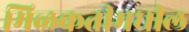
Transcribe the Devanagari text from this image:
मिळकतीमधील